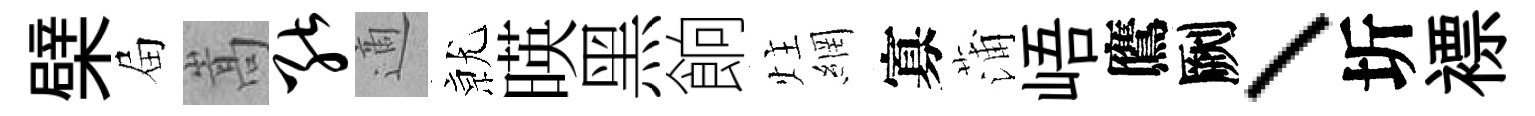
檗屇嵩能適𭕒暎黑餉炷網寡蒲峿鷹劂、圻褾